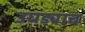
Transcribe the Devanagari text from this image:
उघड्याच